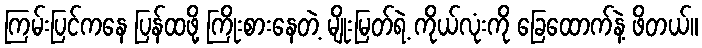
ကြမ်းပြင်ကနေ ပြန်ထဖို့ ကြိုးစားနေတဲ့ မျိုးမြတ်ရဲ့ ကိုယ်လုံးကို ခြေထောက်နဲ့ ဖိတယ်။